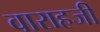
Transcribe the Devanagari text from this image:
वाराहजी